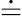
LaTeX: \doteq